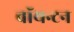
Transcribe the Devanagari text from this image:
बॉयन्टन